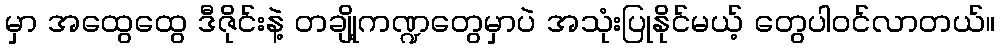
မှာ အထွေထွေ ဒီဇိုင်းနဲ့ တချို့ကဏ္ဍတွေမှာပဲ အသုံးပြုနိုင်မယ့် တွေပါဝင်လာတယ်။